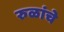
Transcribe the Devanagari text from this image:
रुळांचे